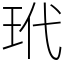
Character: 玳